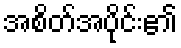
အစိတ်အပိုင်း၏